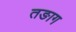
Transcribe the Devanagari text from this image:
तङाग